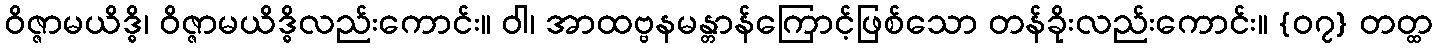
ဝိဇ္ဇာမယိဒ္ဓိ၊ ဝိဇ္ဇာမယိဒ္ဓိလည်းကောင်း။ ဝါ၊ အာထဗ္ဗနမန္တာန်ကြောင့်ဖြစ်သော တန်ခိုးလည်းကောင်း။ {၀၇} တတ္ထ